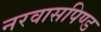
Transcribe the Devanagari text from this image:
नरवासपिण्ड